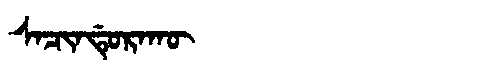
Manchu: ᠰᠠᠴᡳᠨᡩᡠᡵᠠᡴᡡ
Romanization: SACINDURAKŪ